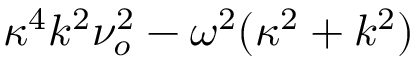
\kappa ^ { 4 } k ^ { 2 } \nu _ { o } ^ { 2 } - \omega ^ { 2 } ( \kappa ^ { 2 } + k ^ { 2 } )